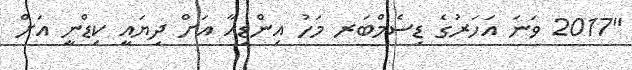
"2017 ވަނަ އަހަރުގެ ޑިސެމްބަރ މަހު އިންޑިއާ އަށް ދިޔައީ ކިޑްނީ އަށް